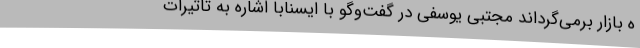
ه بازار برمی‌گرداند مجتبی یوسفی در گفت‌وگو با ایسنابا اشاره به تاثیرات